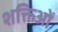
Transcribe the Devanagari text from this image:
शक्तिओं